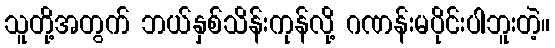
သူတို့အတွက် ဘယ်နှစ်သိန်းကုန်လို့ ဂဏန်းမပိုင်းပါဘူးတဲ့။